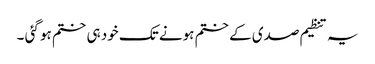
یہ تنظیم صدی کے ختم ہونے تک خود ہی ختم ہو گئی ۔